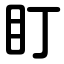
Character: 盯